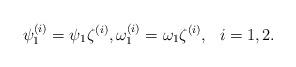
LaTeX: \begin{align*}\psi_1^{(i)}=\psi_1\zeta^{(i)},\omega_1^{(i)}=\omega_1\zeta^{(i)},\ \ i=1,2.\end{align*}